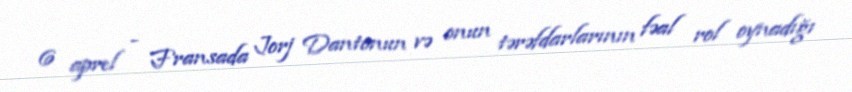
6 aprel - Fransada Jorj Dantonun və onun tərəfdarlarının fəal rol oynadığı